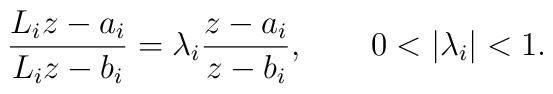
{L_iz-a_i\over L_iz-b_i}=\lambda_i{z-a_i\over z-b_i}, \qquad 0<|\lambda_i|<1 .